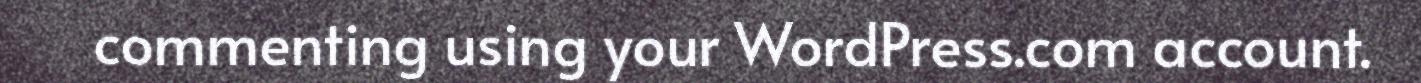
commenting using your WordPress.com account.